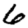
Digit: 6